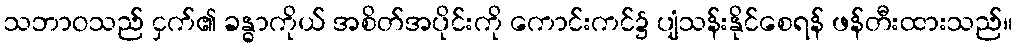
သဘာဝသည် ငှက်၏ ခန္ဓာကိုယ် အစိတ်အပိုင်းကို ကောင်းကင်၌ ပျံသန်းနိုင်စေရန် ဖန်တီးထားသည်။